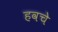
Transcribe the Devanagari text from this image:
हवचे